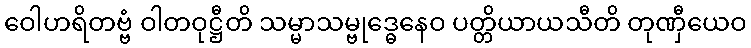
ဝေါဟရိတဗ္ဗံ ဝါတဝုဋ္ဌီတိ သမ္မာသမ္ဗုဒ္ဓေနေဝ ပတ္တိယာယသီတိ တုဏှီယေဝ